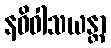
နဓိဝါသယန္တာ